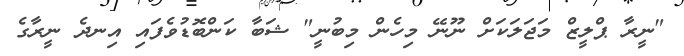
"ނީރާ ޕްލީޒް މަޖަލަކަށް ނޫނޭ މިހެން މިބުނީ" ޝަބާ ކަންބޮޑުވެފައި އިނދެ ނީރާގެ